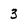
Character: 3